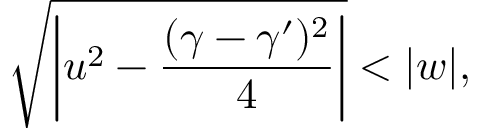
\sqrt { \left| u ^ { 2 } - \frac { ( \gamma - \gamma ^ { \prime } ) ^ { 2 } } { 4 } \right| } < \vert w \vert ,